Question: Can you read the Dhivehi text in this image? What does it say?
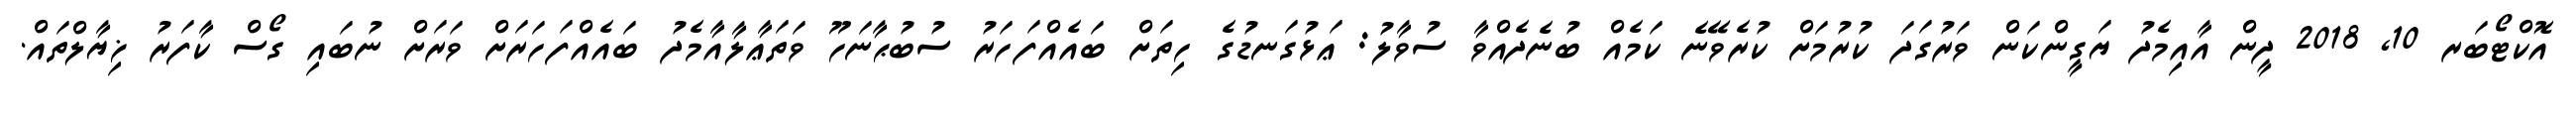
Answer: އޮކްޓޯބަރ 10, 2018 ދީން އާއިމެދު ޔަގީންކަން ވަރުގަދަ ކުރުމަށް ކުރެވޭނެ ކަމެއް ބުނެދެއްވާ ސުވާލު: ޢަޅުގަނޑުގެ ހިތަށް ބައެއްފަހަރު ސުބުޙާނަހޫ ވަތަޢާލާއާމެދު ބައެއްފަހަރަށް ވަރަށް ނުބައި ގޯސް ކާފަރު ޚިޔާލްތައް.